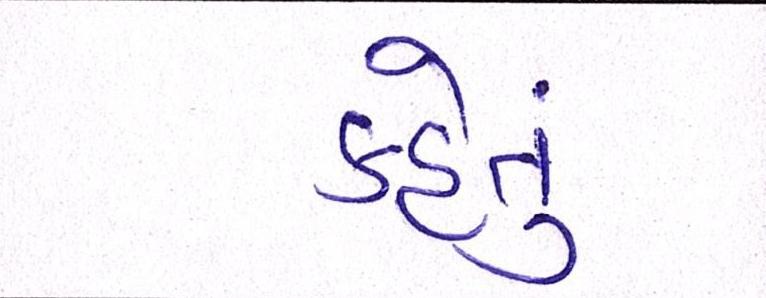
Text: કહેતું